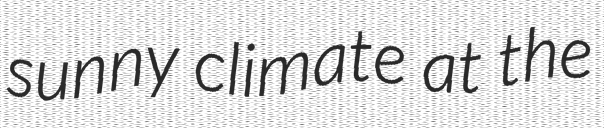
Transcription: sunny climate at the